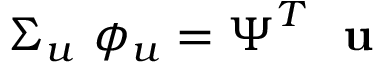
\boldsymbol { \Sigma _ { u } } \ \boldsymbol { \phi _ { u } } = \boldsymbol { \Psi } ^ { T } \ \textbf { u }